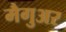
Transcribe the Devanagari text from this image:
मैगुअर